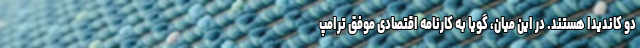
دو کاندیدا هستند. در این میان، گویا به کارنامه اقتصادی موفق ترامپ